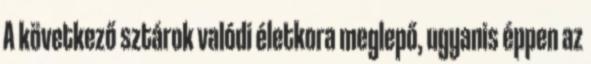
A következő sztárok valódi életkora meglepő, ugyanis éppen az